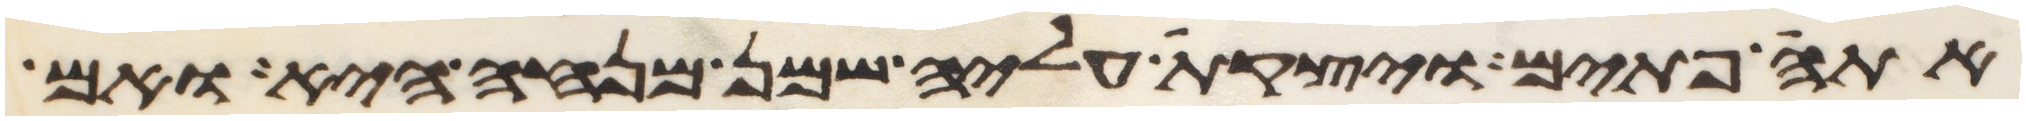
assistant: אתה פתים ויצקת עליה שמן מנחה היא ואם